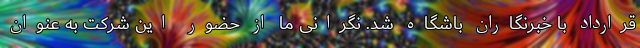
قرارداد با خبرنگاران باشگاه شد. نگرانی ما از حضور این شرکت به عنوان